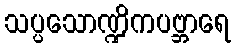
သပ္ပသောဏ္ဍိကပဗ္ဘာရေ